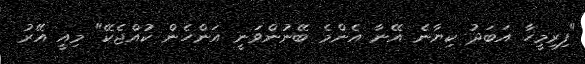
"ފިރިމީހާ އަބަދު ކިޔާނެ އޭނާ އެންމެ ބޭނުންވަނީ އަންހެން ކުއްޖެކޭ" މިއީ އޭރު